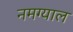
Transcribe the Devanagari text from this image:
नमग्याल